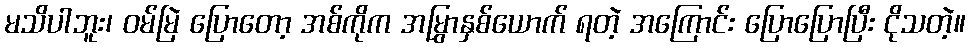
မသိပါဘူး၊ ဝမ်မြဲ ပြောတော့ အစ်ကိုက အမြွှာနှစ်ယောက် ရတဲ့ အကြောင်း ပြောပြောပြီး ငိုသတဲ့။